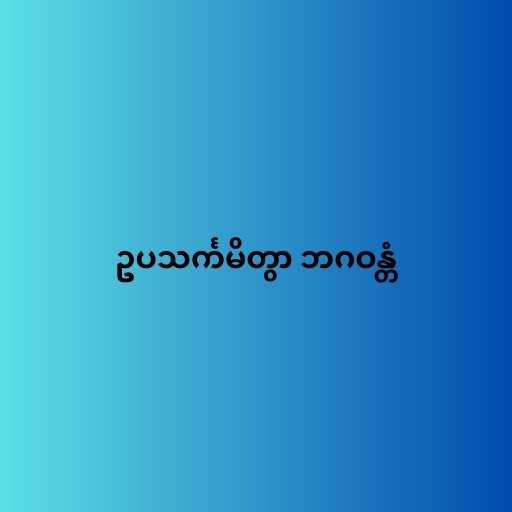
ဥပသင်္ကမိတွာ ဘဂဝန္တံ